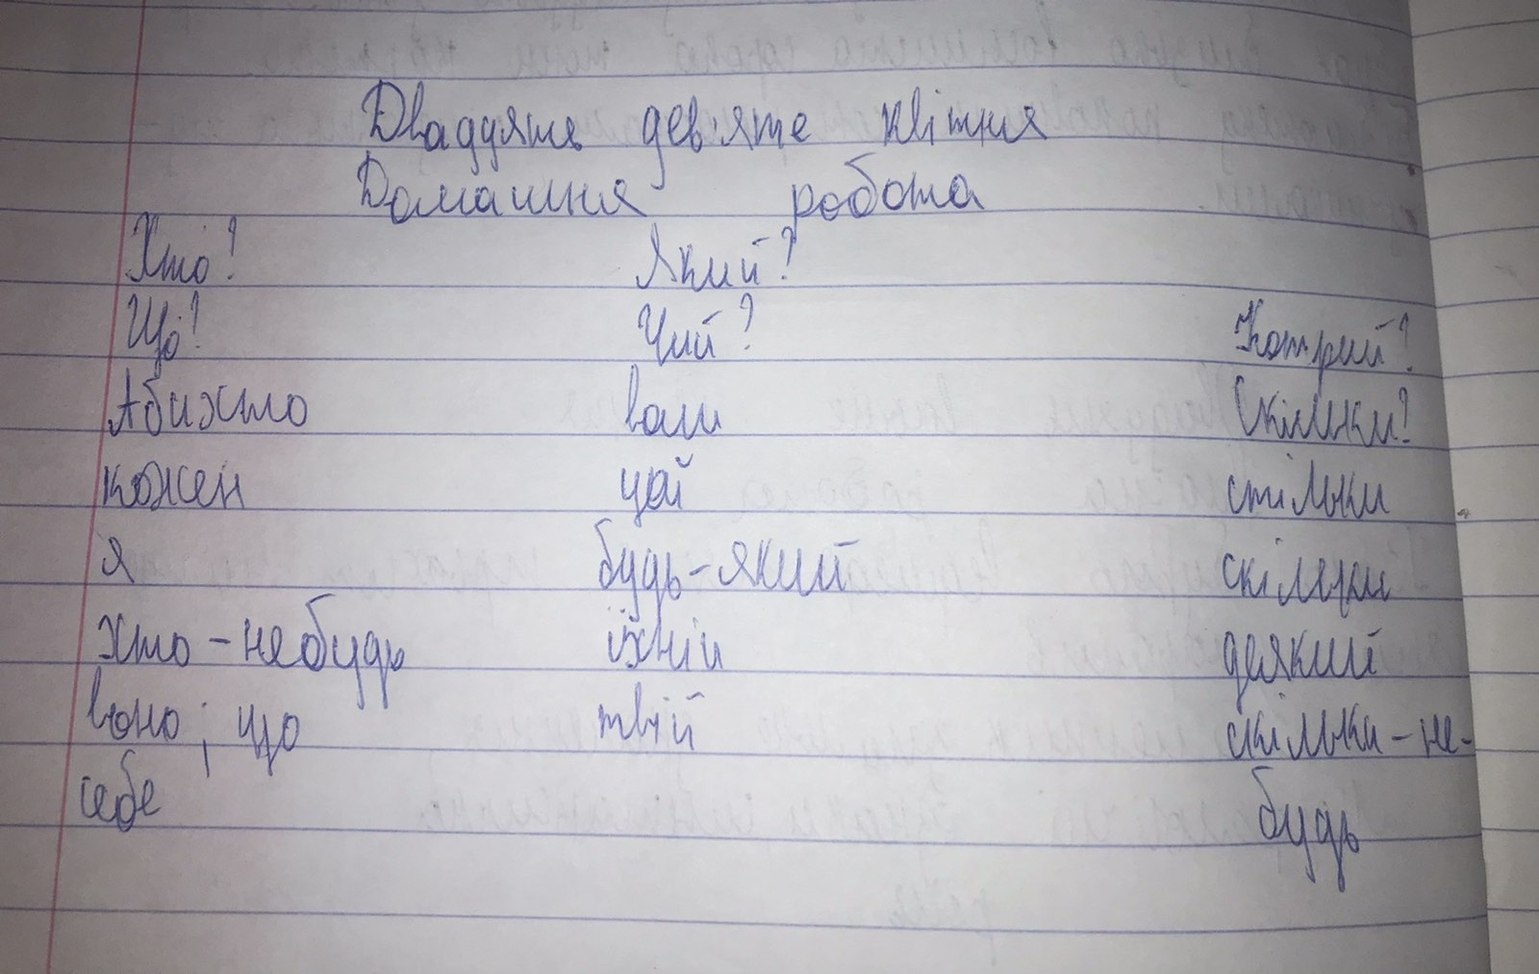
Двадцять дев'яте квітня
Домашня робота
Хто? Який?
Що? Чий? Котрий?
Абихто ваш Скільки?
кожен цей стільки
я будь-який скільки
хто-небудь їхній деякий
воно; що твій скільки-не-
себе будь